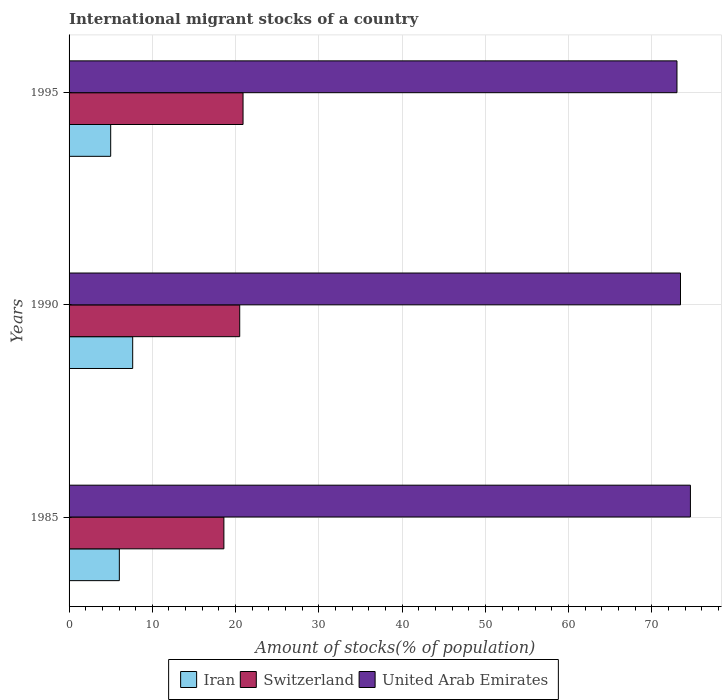
| Years | Iran | Switzerland | United Arab Emirates |
 | --- | --- | --- | --- |
 | 1985 | 6.04 | 18.6 | 74.6 |
 | 1990 | 7.64 | 20.5 | 73.4 |
 | 1995 | 5 | 20.9 | 73 |